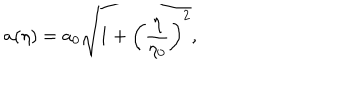
a ( \eta ) = a _ { 0 } \sqrt { 1 + \left( { \frac { \eta } { \eta _ { 0 } } } \right) ^ { 2 } } ,